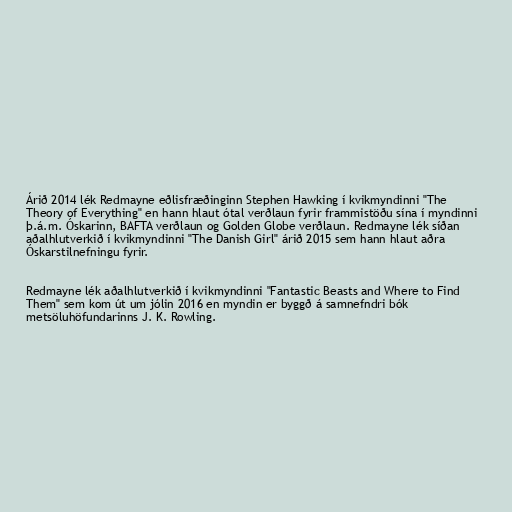
Árið 2014 lék Redmayne eðlisfræðinginn Stephen Hawking í kvikmyndinni "The
Theory of Everything" en hann hlaut ótal verðlaun fyrir frammistöðu sína í myndinni
þ.á.m. Óskarinn, BAFTA verðlaun og Golden Globe verðlaun. Redmayne lék síðan
aðalhlutverkið í kvikmyndinni "The Danish Girl" árið 2015 sem hann hlaut aðra
Óskarstilnefningu fyrir.

Redmayne lék aðalhlutverkið í kvikmyndinni "Fantastic Beasts and Where to Find
Them" sem kom út um jólin 2016 en myndin er byggð á samnefndri bók
metsöluhöfundarinns J. K. Rowling.